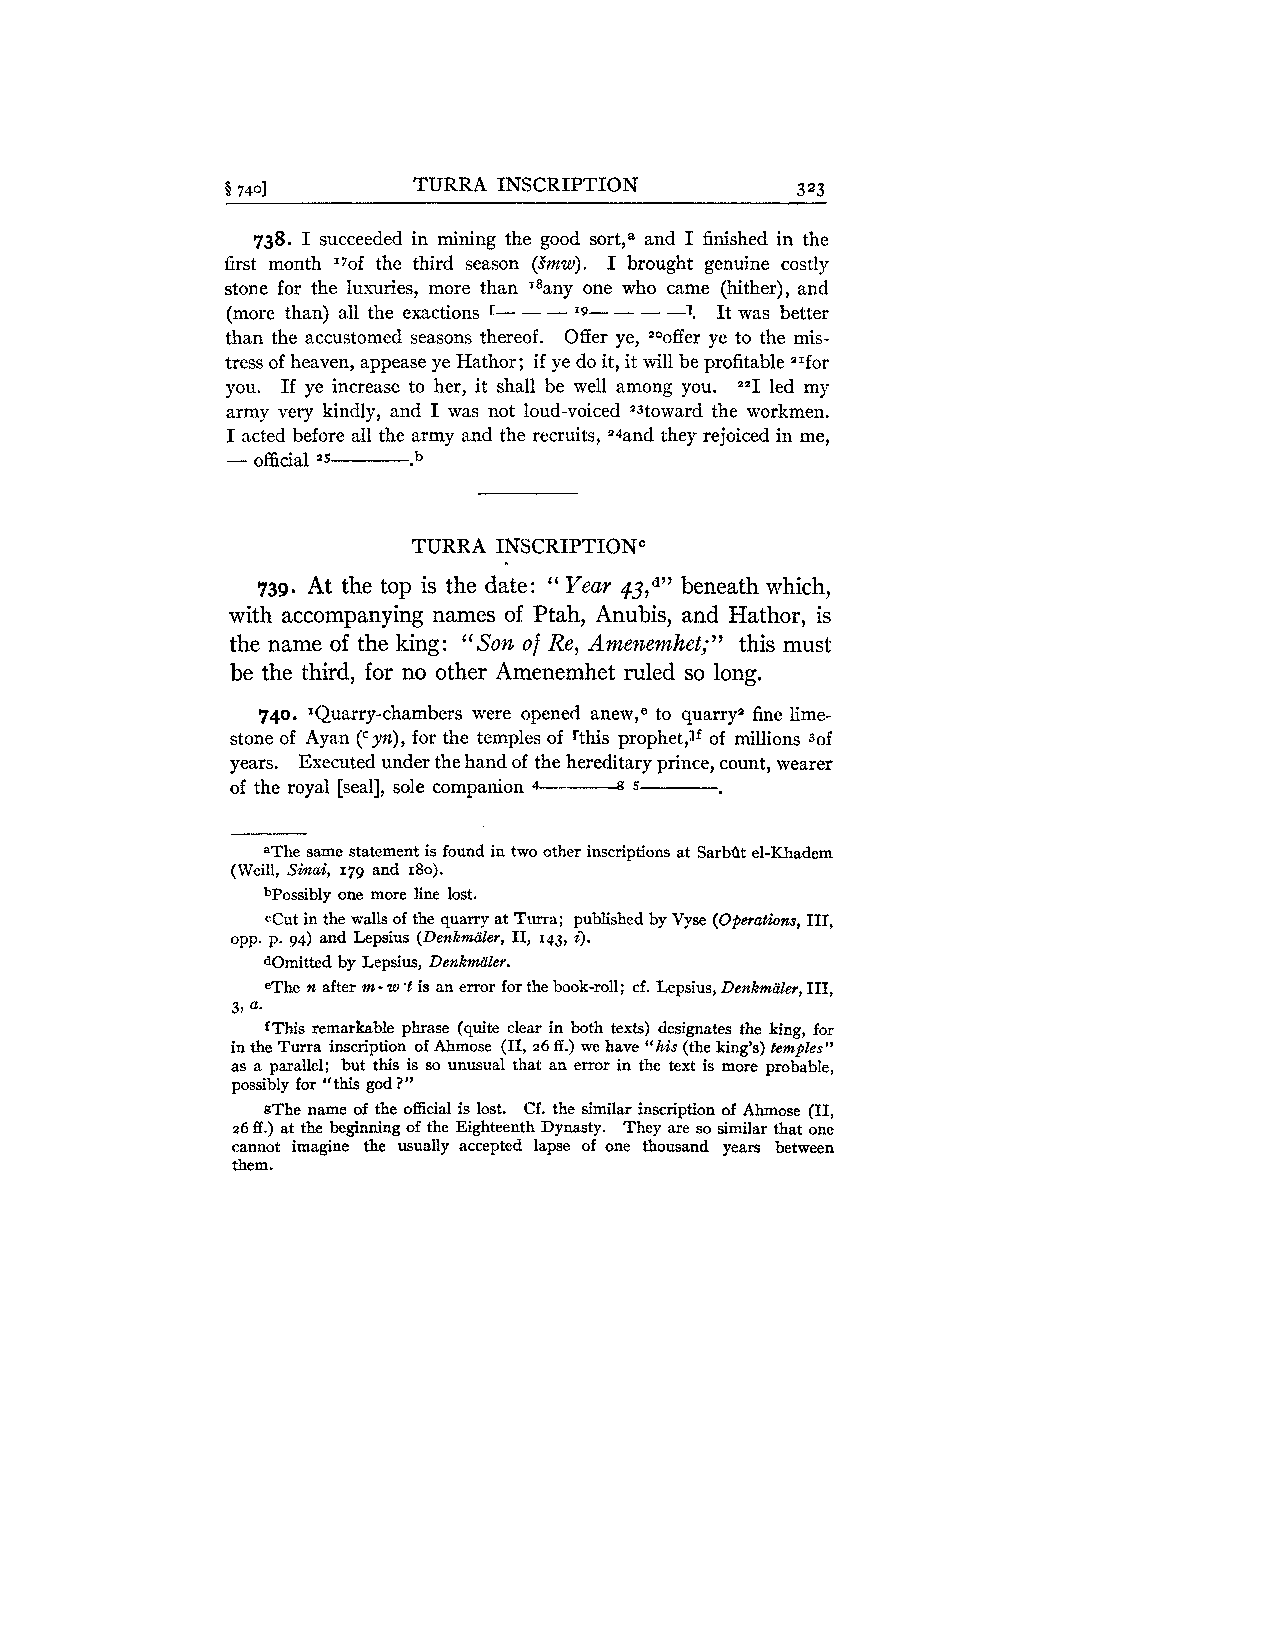
5 7401      TURRA INSCRIPTION         323
 738. I succeeded in mining the good sort,a and I finished in the
 first month "of the third season (Snzw). I brought genuine costly
 stone for the luxuries, more than '*any one who came (hither), and
 (more than) all the exactions c - - - I9- - - -1. It was better
 than the accustomed seasons thereof. Offer ye, 20offer ye to the mis-
 tress of heaven, appease ye Hathor; if ye do it, it will be profitable ZIfor
 you. If ye increase to her, it shall be well among you. ""1 led my
 army very kindly, and I was not loud-voiced "3toward the workmen.
 I acted before all the army and the recruits, z4and they rejoiced in me,
 - official z5 b
 TURRA INSCRIPTIONC
 739. At the top is the date: Year 43,d"b eneath which,
 "
 with accompanying names of Ptah, Anubis, and Hathor, is
 the name of the king: "Son of Re, Amenemhet;" this must
 be the third, for no other Amenemhet ruled so long.
 740. =Quarry-chambers were opened anew,e to quarry2 fine lime-
 stone of Aya.n yn), for the temples of rthis prophetJf of millions 3of
 (C
 years. Executed under the hand of the hereditary prince, count, wearer
 of the royal [seal], sole companion 4-------a 5
 aThe same statement is found in two other inscriptions at SarbQt el-Khadem
 (Weill, Sinai, 179 and 180).
 bPossibly one more line lost.
 cCut in the walls of the quarry at Turra; published by Vyse (Operations, 111,
 opp. p. 94) and Lepsius (Denkmaler, 11, 143, i).
 aOmitted by Lepsius, Denkmaler.
 eThe n after m-w 'l is an error for the book-roll; cf. Lepsius, Denkmiiley, 111,
 3, a-
 fThis remarkable phrase (quite clear in both texts) designates the king, for
 in the Turra inscription of Ahmose (11, 26 ff.) we have "his (the king's) temples"
 as a parallel; but this is so unusual that an error in the text is more probable,
 possibly for "this god?"
 gThe name of the offidal is lost. Cf. the similar inscription of Ahmose (11,
 26 ff.) at the beginning of the Eighteenth Dynasty. They are so similar that one
 cannot imagine the usually accepted lapse of one thousand years between
 them.